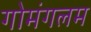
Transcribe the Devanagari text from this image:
गोमंगलम